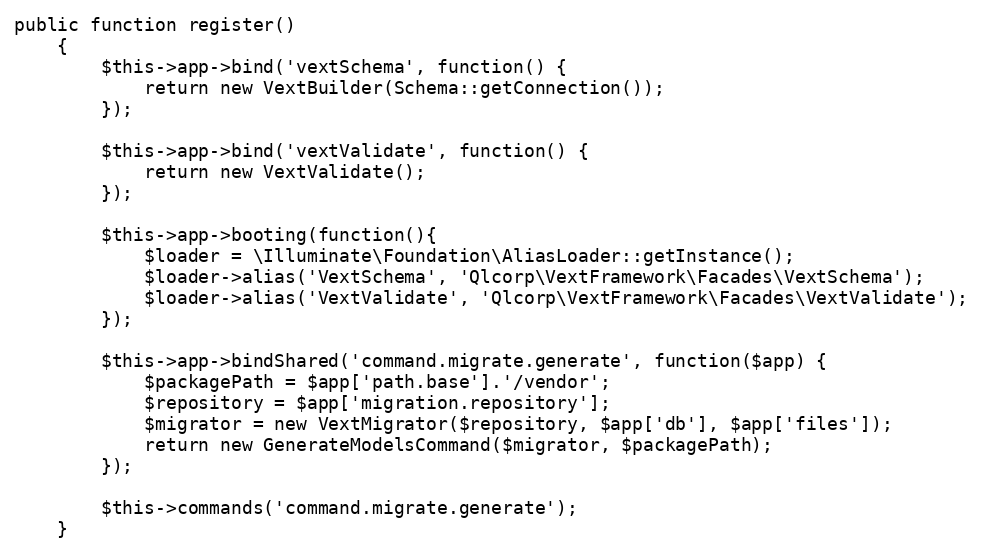
Language: PHP
public function register()
	{
        $this->app->bind('vextSchema', function() {
            return new VextBuilder(Schema::getConnection());
        });

        $this->app->bind('vextValidate', function() {
            return new VextValidate();
        });

        $this->app->booting(function(){
            $loader = \Illuminate\Foundation\AliasLoader::getInstance();
            $loader->alias('VextSchema', 'Qlcorp\VextFramework\Facades\VextSchema');
            $loader->alias('VextValidate', 'Qlcorp\VextFramework\Facades\VextValidate');
        });

        $this->app->bindShared('command.migrate.generate', function($app) {
            $packagePath = $app['path.base'].'/vendor';
            $repository = $app['migration.repository'];
            $migrator = new VextMigrator($repository, $app['db'], $app['files']);
            return new GenerateModelsCommand($migrator, $packagePath);
        });

        $this->commands('command.migrate.generate');
	}